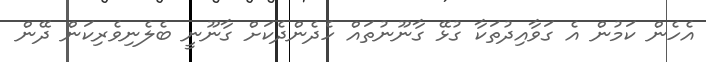
އެހެން ކަމުން އެ ގަވާއިދުތަކާ ގުޅޭ ގާނޫނުތައް ހެދެންދެކަށް ގާނޫނީ ބެލެނިވެރިކަން ދޭން